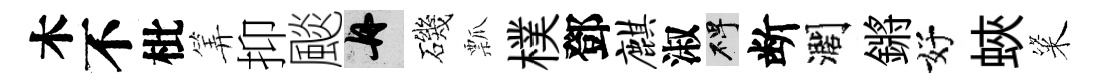
木不枇筭抑颷舟磯瓢樸鄧麒淑碑断濶鏘好蛺粢